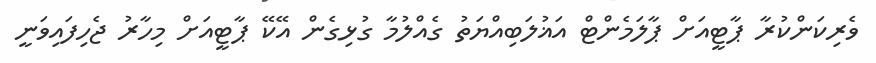
ވެރިކަންކުރާ ޕާޓީއަށް ޕާލަމެންޓް އަޣުލަބިއްޔަތު ގެއްލުމާ ގުޅިގެން އޭކޭ ޕާޓީއަށް މިހާރު ޖެހިފައިވަނީ